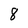
Character: 8